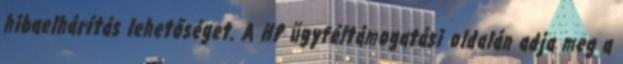
hibaelhárítás lehetőséget. A HP ügyféltámogatási oldalán adja meg a